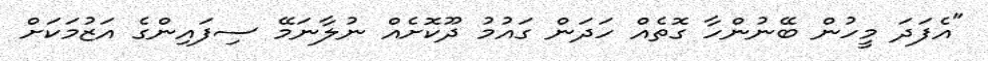
"އެފަދަ މީހުން ބޭނުންހާ ގޮތެއް ހަދަން ގައުމު ދޫކޮށެއް ނުލާނަމޭ ސިފައިންގެ އަޒުމަކަށް